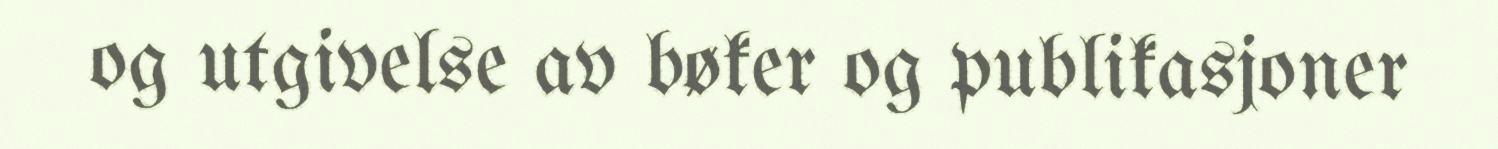
og utgivelse av bøker og publikasjoner